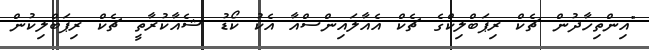
"އިންތިހާދުން ޗެކް ރިޕަބްލިކްގެ ޗެކް އެއާލައިންސްއާ އެކު ކޯޑު ޝެއާކުރާތީ ޗެކް ރިޕަބްލިކުން